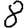
Digit: 8